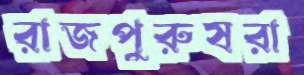
রাজপুরুষরা